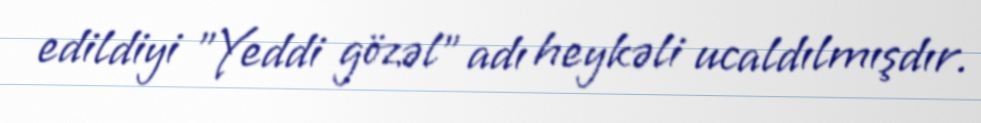
edildiyi "Yeddi gözəl" adı heykəli ucaldılmışdır.